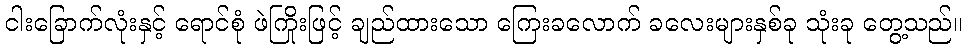
ငါးခြောက်လုံးနှင့် ရောင်စုံ ဖဲကြိုးဖြင့် ချည်ထားသော ကြေးခလောက် ခလေးများနှစ်ခု သုံးခု တွေ့သည်။